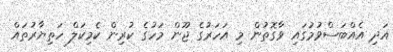
އަދި އެއްބަސްވުމުގައި ވާގޮތުން މި އަހަރުގެ ޖޫން މަހުގެ ކުރިން ކެމިކަލް ހަތިޔާރުތައް